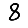
Digit: 8